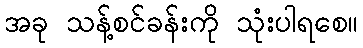
အခု သန့်စင်ခန်းကို သုံးပါရစေ။